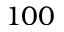
1 0 0